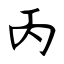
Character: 丙